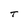
Character: T